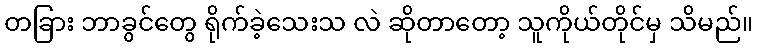
တခြား ဘာခွင်တွေ ရိုက်ခဲ့သေးသ လဲ ဆိုတာတော့ သူကိုယ်တိုင်မှ သိမည်။